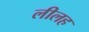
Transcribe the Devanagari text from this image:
लीलह